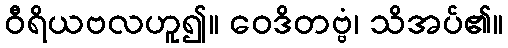
ဝီရိယဗလဟူ၍။ ဝေဒိတဗ္ဗံ၊ သိအပ်၏။